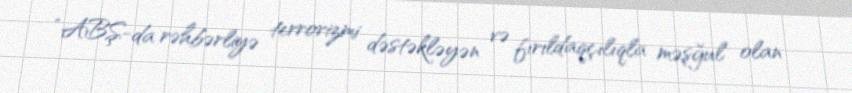
“ABŞ-da rəhbərliyə terrorizmi dəstəkləyən və fırıldaqçılıqla məşğul olan